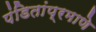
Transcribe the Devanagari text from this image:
पंडितांप्रमाणे